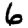
Digit: 6